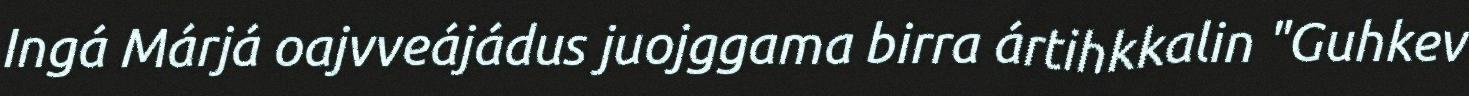
Ingá Márjá oajvveájádus juojggama birra ártihkkalin "Guhkev